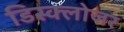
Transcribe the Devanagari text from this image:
डिस्क्लोजर